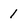
Character: 1